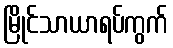
မြိုင်သာယာရပ်ကွက်